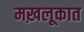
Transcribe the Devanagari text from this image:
मख़लूकात